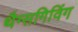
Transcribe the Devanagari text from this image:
थैग्सगिविंग